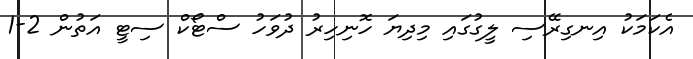
އެކަމަކު އިނގިރޭސި ލީގުގައި މިދިޔަ ހޮނިހިރު ދުވަހު ސްޓޯކް ސިޓީ އަތުން 2-1